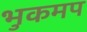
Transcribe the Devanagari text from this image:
भुकमप